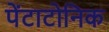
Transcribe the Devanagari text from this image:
पेंटाटोनिक